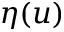
\eta ( u )